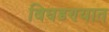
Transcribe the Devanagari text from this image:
बिघडण्यात